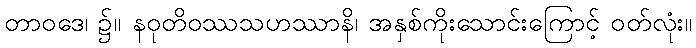
တာဝဒေ၊ ၌။ နဝုတိဝဿသဟဿာနိ၊ အနှစ်ကိုးသောင်းကြောင့် ဝတ်လုံး။